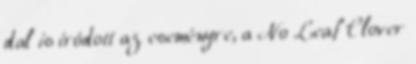
dal is íródott az eseményre, a No Leaf Clover